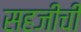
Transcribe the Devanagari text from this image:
सहजीची